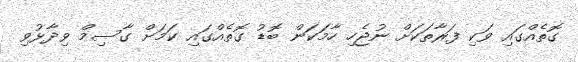
ގޮތެއްގައި ވަކި ފަރާތަކަށް ނުޖެހި ހާމަކަން ބޮޑު ގޮތެއްގައި ކަމަށް ގާސިމް ވިދާޅުވި